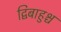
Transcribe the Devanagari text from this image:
द्विबाहुश्च